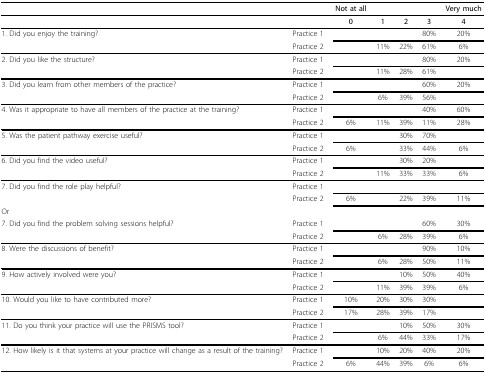
<table><thead><tr><td></td><td></td><td><b>Not at all</b></td><td></td><td></td><td></td><td><b>Very much</b></td></tr></thead><tbody><tr><td></td><td></td><td><b>0</b></td><td><b>1</b></td><td><b>2</b></td><td><b>3</b></td><td><b>4</b></td></tr><tr><td>1. Did you enjoy the training?</td><td>Practice 1</td><td></td><td></td><td></td><td>80%</td><td>20%</td></tr><tr><td></td><td>Practice 2</td><td></td><td>11%</td><td>22%</td><td>61%</td><td>6%</td></tr><tr><td>2. Did you like the structure?</td><td>Practice 1</td><td></td><td></td><td></td><td>80%</td><td>20%</td></tr><tr><td></td><td>Practice 2</td><td></td><td>11%</td><td>28%</td><td>61%</td><td></td></tr><tr><td>3. Did you learn from other members of the practice?</td><td>Practice 1</td><td></td><td></td><td></td><td>60%</td><td>20%</td></tr><tr><td></td><td>Practice 2</td><td></td><td>6%</td><td>39%</td><td>56%</td><td></td></tr><tr><td>4. Was it appropriate to have all members of the practice at the training?</td><td>Practice 1</td><td></td><td></td><td></td><td>40%</td><td>60%</td></tr><tr><td></td><td>Practice 2</td><td>6%</td><td>11%</td><td>39%</td><td>11%</td><td>28%</td></tr><tr><td>5. Was the patient pathway exercise useful?</td><td>Practice 1</td><td></td><td></td><td>30%</td><td>70%</td><td></td></tr><tr><td></td><td>Practice 2</td><td>6%</td><td></td><td>33%</td><td>44%</td><td>6%</td></tr><tr><td>6. Did you find the video useful?</td><td>Practice 1</td><td></td><td></td><td>30%</td><td>20%</td><td></td></tr><tr><td></td><td>Practice 2</td><td></td><td>11%</td><td>33%</td><td>33%</td><td>6%</td></tr><tr><td>7. Did you find the role play helpful?</td><td>Practice 1</td><td></td><td></td><td></td><td></td><td></td></tr><tr><td></td><td>Practice 2</td><td>6%</td><td></td><td>22%</td><td>39%</td><td>11%</td></tr><tr><td>Or</td><td></td><td></td><td></td><td></td><td></td><td></td></tr><tr><td>7. Did you find the problem solving sessions helpful?</td><td>Practice 1</td><td></td><td></td><td></td><td>60%</td><td>30%</td></tr><tr><td></td><td>Practice 2</td><td></td><td>6%</td><td>28%</td><td>39%</td><td>6%</td></tr><tr><td>8. Were the discussions of benefit?</td><td>Practice 1</td><td></td><td></td><td></td><td>90%</td><td>10%</td></tr><tr><td></td><td>Practice 2</td><td></td><td>6%</td><td>28%</td><td>50%</td><td>11%</td></tr><tr><td>9. How actively involved were you?</td><td>Practice 1</td><td></td><td></td><td>10%</td><td>50%</td><td>40%</td></tr><tr><td></td><td>Practice 2</td><td></td><td>11%</td><td>39%</td><td>39%</td><td>6%</td></tr><tr><td>10. Would you like to have contributed more?</td><td>Practice 1</td><td>10%</td><td>20%</td><td>30%</td><td>30%</td><td></td></tr><tr><td></td><td>Practice 2</td><td>17%</td><td>28%</td><td>39%</td><td>17%</td><td></td></tr><tr><td>11. Do you think your practice will use the PRISMS tool?</td><td>Practice 1</td><td></td><td></td><td>10%</td><td>50%</td><td>30%</td></tr><tr><td></td><td>Practice 2</td><td></td><td>6%</td><td>44%</td><td>33%</td><td>17%</td></tr><tr><td>12. How likely is it that systems at your practice will change as a result of the training?</td><td>Practice 1</td><td></td><td>10%</td><td>20%</td><td>40%</td><td>20%</td></tr><tr><td></td><td>Practice 2</td><td>6%</td><td>44%</td><td>39%</td><td>6%</td><td>6%</td></tr></tbody></table>